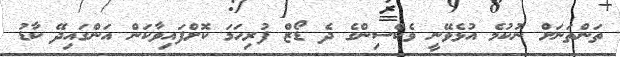
ތަންތަނަށް ނުކުމެ އުޅެވޭނީ ވެކްސިންގެ ދެ ޑޯޒް ފުރިހަމަ ކޮށްފައިވާކަން އަންގައިދޭ ކާޑު